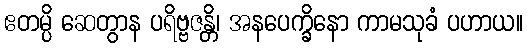
ဧတမ္ပိ ဆေတွာန ပရိဗ္ဗဇန္တိ၊ အနပေက္ခိနော ကာမသုခံ ပဟာယ။